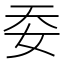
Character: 𡛌